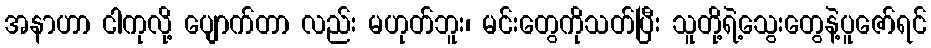
အနာဟာ ငါကုလို့ ပျောက်တာ လည်း မဟုတ်ဘူး၊ မင်းတွေကိုသတ်ပြီး သူတို့ရဲ့သွေးတွေနဲ့ပူဇော်ရင်